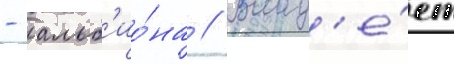
- альб'ио́на // Влад'е́ет